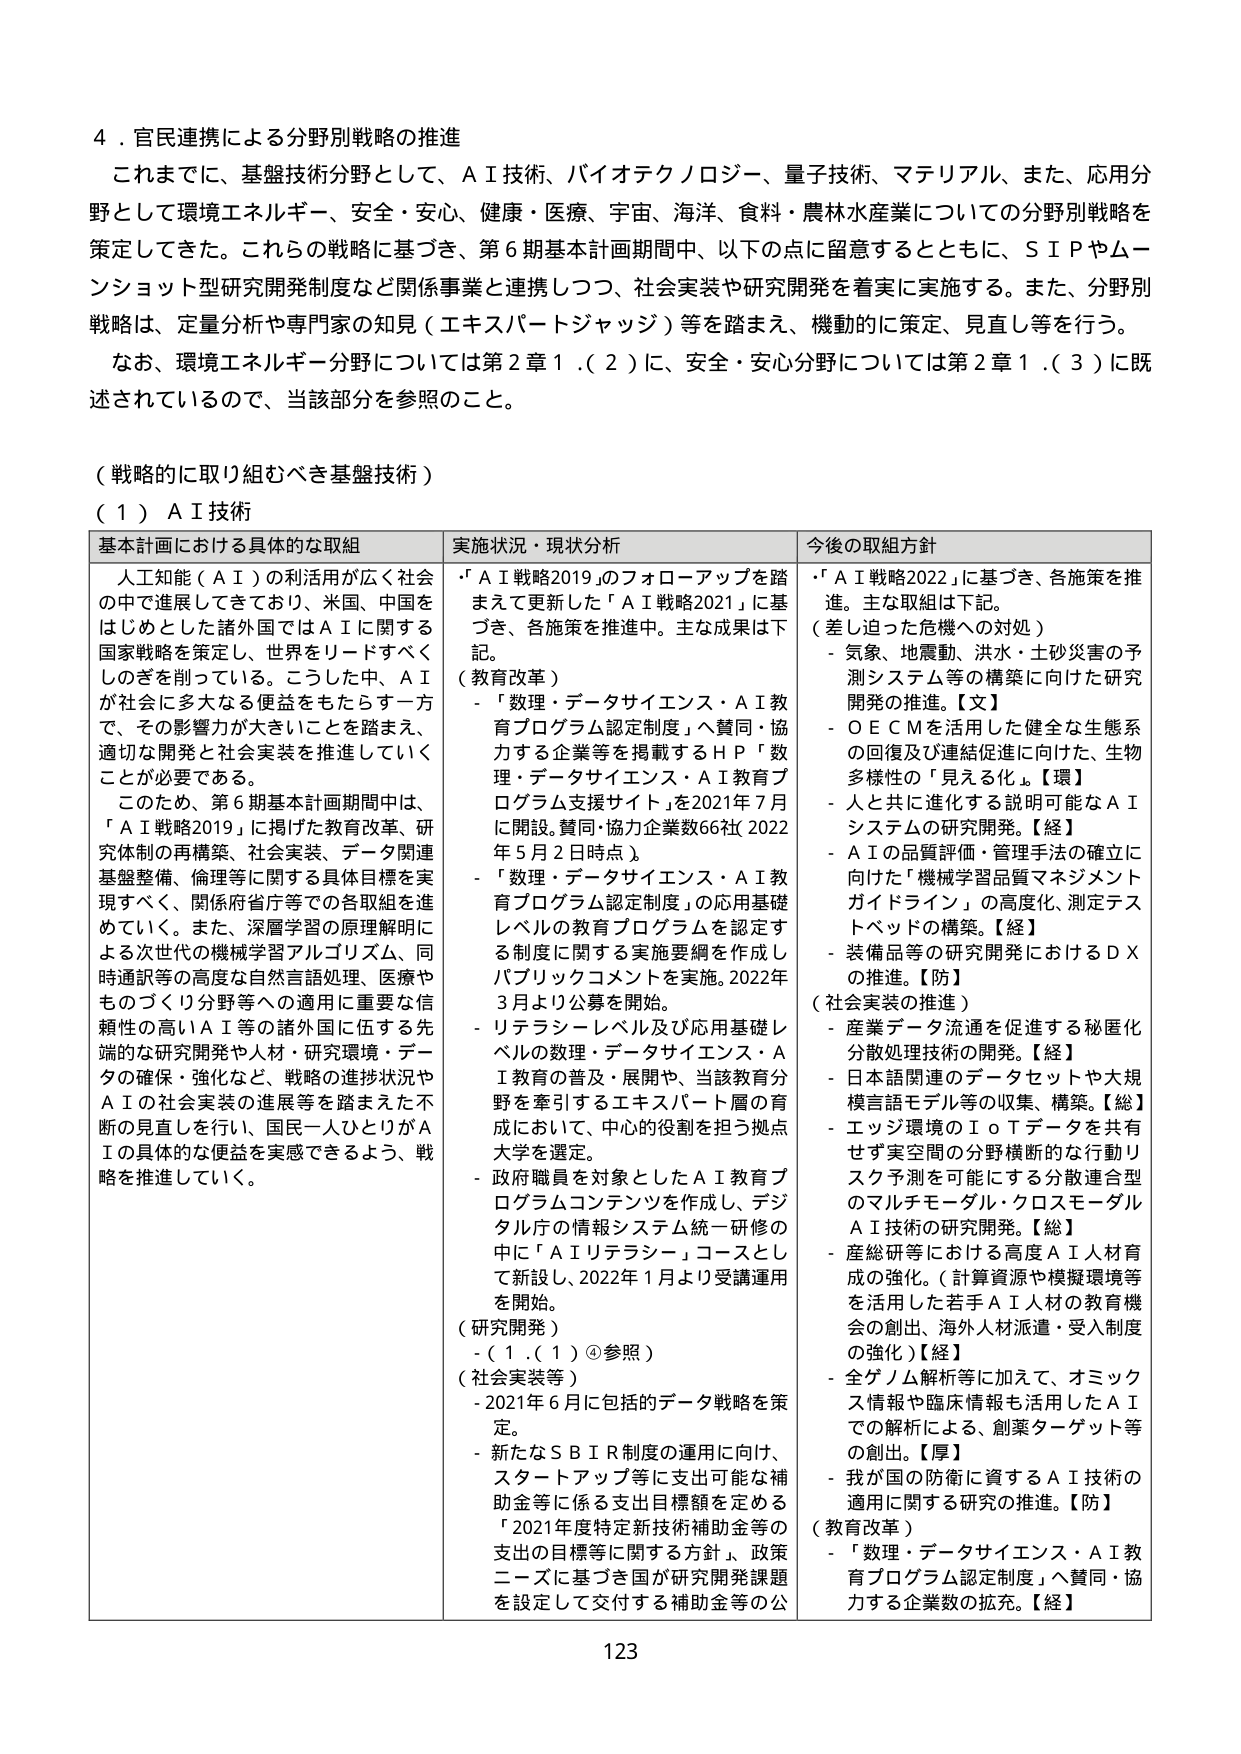
4．官民連携による分野別戦略の推進
これまでに、基盤技術分野として、ＡＩ技術、バイオテクノロジー、量子技術、マテリアル、また、応用分野として環境エネルギー、安全・安心、健康・医療、宇宙、海洋、食料・農林水産業についての分野別戦略を策定してきた。これらの戦略に基づき、第６期基本計画期間中、以下の点に留意するとともに、ＳＩＰやムーンショット型研究開発制度など関係事業と連携しつつ、社会実装や研究開発を着実に実施する。また、分野別戦略は、定量分析や専門家の知見（エキスパートジャッジ）等を踏まえ、機動的に策定、見直し等を行う。
なお、環境エネルギー分野については第２章１．（２）に、安全・安心分野については第２章１．（３）に既述されているので、当該部分を参照のこと。

（戦略的に取り組むべき基盤技術）
（１）ＡＩ技術

基本計画における具体的な取組
人工知能（ＡＩ）の利活用が広く社会の中で進展してきており、米国、中国をはじめとした諸外国ではＡＩに関する国家戦略を策定し、世界をリードすべくしのぎを削っている。こうした中、ＡＩが社会に多大なる便益をもたらす一方で、その影響力が大きいことを踏まえ、適切な開発と社会実装を推進していくことが必要である。
このため、第６期基本計画期間中は、「ＡＩ戦略2019」に掲げた教育改革、研究体制の再構築、社会実装、データ関連基盤整備、倫理等に関する具体目標を実現すべく、関係府省庁等での各取組を進めていく。また、深層学習の原理解明による次世代の機械学習アルゴリズム、同時通訳等の高度な自然言語処理、医療やものづくり分野等への適用に重要な信頼性の高いＡＩ等の諸外国に伍する先端的な研究開発や人材・研究環境・データの確保・強化など、戦略の進捗状況やＡＩの社会実装の進展等を踏まえた不断の見直しを行い、国民一人ひとりがＡＩの具体的な便益を実感できるよう、戦略を推進していく。

実施状況・現状分析
・「ＡＩ戦略2019」のフォローアップを踏まえて更新した「ＡＩ戦略2021」に基づき、各施策を推進中。主な成果は下記。
（教育改革）
- 「数理・データサイエンス・ＡＩ教育プログラム認定制度」へ賛同・協力する企業等を掲載するＨＰ「数理・データサイエンス・ＡＩ教育プログラム支援サイト」を2021年７月に開設。賛同・協力企業数66社（2022年５月２日時点）。
- 「数理・データサイエンス・ＡＩ教育プログラム認定制度」の応用基礎レベルの教育プログラムを認定する制度に関する実施要綱を作成しパブリックコメントを実施。2022年３月より公募を開始。
- リテラシーレベル及び応用基礎レベルの数理・データサイエンス・ＡＩ教育の普及・展開や、当該教育分野を牽引するエキスパート層の育成において、中心的役割を担う拠点大学を選定。
- 政府職員を対象としたＡＩ教育プログラムコンテンツを作成し、デジタル庁の情報システム統一研修の中に「ＡＩリテラシー」コースとして新設し、2022年１月より受講運用を開始。
（研究開発）
- （１．（１）④参照）
（社会実装等）
- 2021年６月に包括的データ戦略を策定。
- 新たなＳＢＩＲ制度の運用に向け、スタートアップ等に支出可能な補助金等に係る支出目標額を定める「2021年度特定新技術補助金等の支出の目標等に関する方針」、政策ニーズに基づき国が研究開発課題を設定して交付する補助金等の公

今後の取組方針
・「ＡＩ戦略2022」に基づき、各施策を推進。主な取組は下記。
（差し迫った危機への対処）
- 気象、地震動、洪水・土砂災害の予測システム等の構築に向けた研究開発の推進。【文】
- ＯＥＣＭを活用した健全な生態系の回復及び連結促進に向けた、生物多様性の「見える化」。【環】
- 人と共に進化する説明可能なＡＩシステムの研究開発。【経】
- ＡＩの品質評価・管理手法の確立に向けた「機械学習品質マネジメントガイドライン」の高度化、測定テストベッドの構築。【経】
- 装備品等の研究開発におけるＤＸの推進。【防】
（社会実装の推進）
- 産業データ流通を促進する秘匿化分散処理技術の開発。【経】
- 日本語関連のデータセットや大規模言語モデル等の収集、構築。【総】
- エッジ環境のＩｏＴデータを共有せず実空間の分野横断的な行動リスク予測を可能にする分散連合型のマルチモデル・クロスモーダルＡＩ技術の研究開発。【総】
- 産総研等における高度ＡＩ人材育成の強化。（計算資源や模擬環境等を活用した若手ＡＩ人材の教育機会の創出、海外人材派遣・受入制度の強化）【経】
- 全ゲノム解析等に加えて、オミックス情報や臨床情報も活用したＡＩでの解析による、創薬ターゲット等の創出。【厚】
- 我が国の防衛に資するＡＩ技術の適用に関する研究の推進。【防】
（教育改革）
- 「数理・データサイエンス・ＡＩ教育プログラム認定制度」へ賛同・協力する企業数の拡充。【経】

123